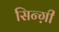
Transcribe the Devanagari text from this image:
सिन्ग़ी